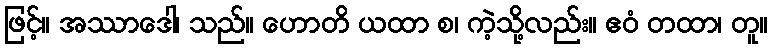
ဖြင့်။ အဿာဒေါ၊ သည်။ ဟောတိ ယထာ စ၊ ကဲ့သို့လည်း။ ဧဝံ တထာ၊ တူ။